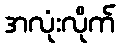
အလုံးလိုက်